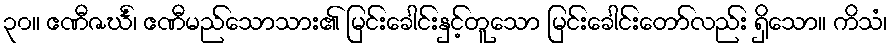
၃၀။ ဧဏီဇင်္ဃံ၊ ဧဏီမည်သောသား၏ မြင်းခေါင်းနှင့်တူသော မြင်းခေါင်းတော်လည်း ရှိသော။ ကိသံ၊